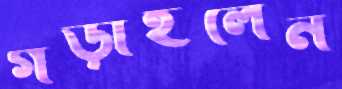
গড়াইলেন